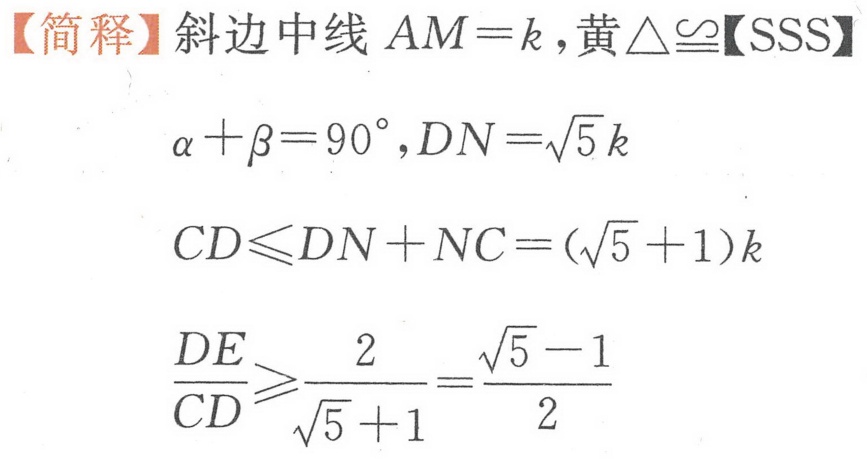
【简释】斜边中线 \(AM = k\)，黄\(\triangle\cong\)【SSS】
\(\alpha+\beta = 90^{\circ},DN=\sqrt{5}k\)
\(CD\leqslant DN + NC=(\sqrt{5}+1)k\)
\(\frac{DE}{CD}\geqslant\frac{2}{\sqrt{5}+1}=\frac{\sqrt{5}-1}{2}\)